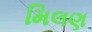
મિલણ